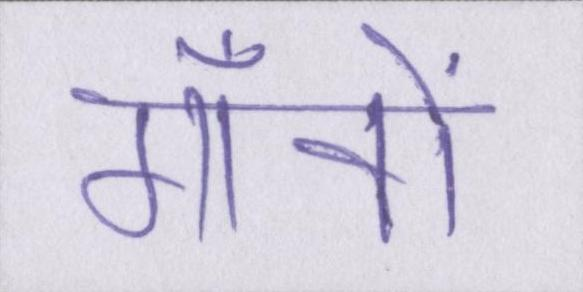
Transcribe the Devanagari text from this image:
गाँवों